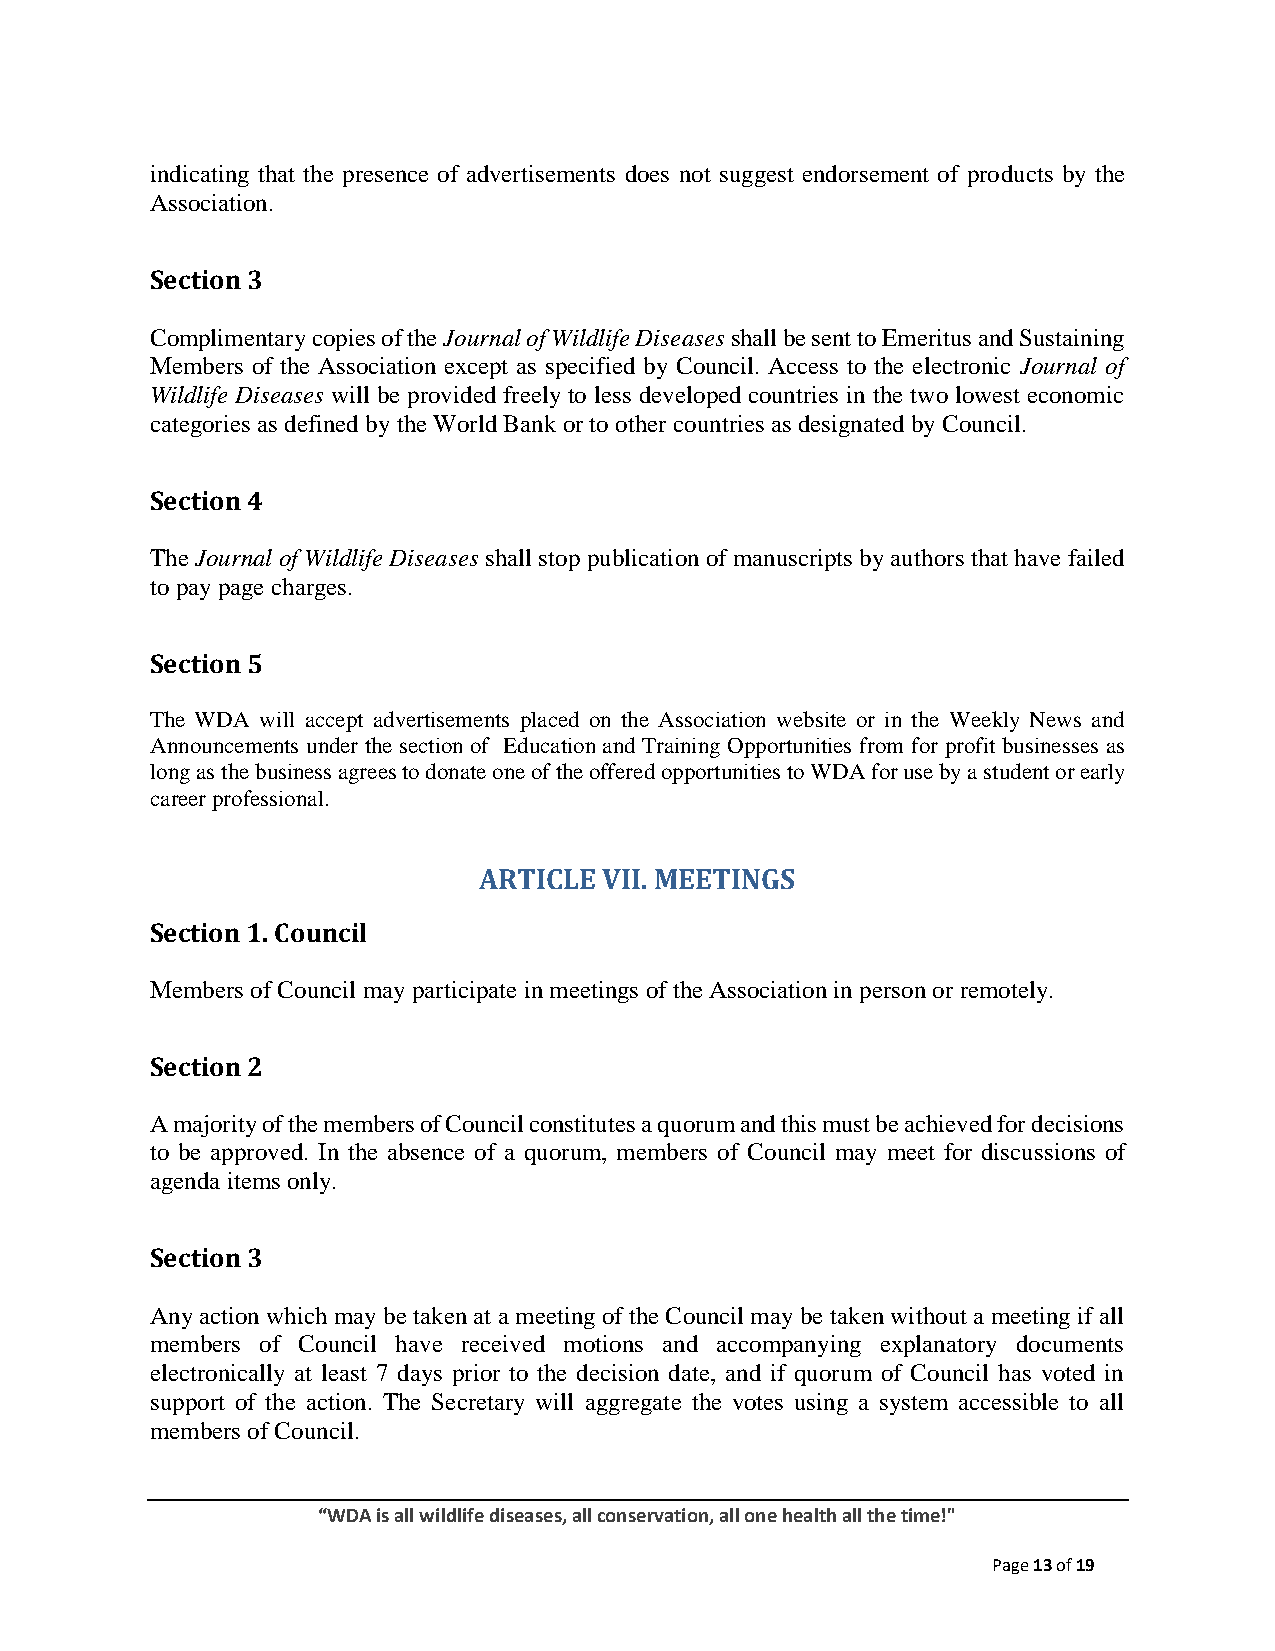
indicating that the presence of advertisements does not suggest endorsement of products by the
 Association.
 Section 3
 Complimentary copies of the Journal of Wildlife Diseases shall be sent to Emeritus and Sustaining
 Members of the Association except as specified by Council. Access to the electronic Journal of
 Wildlife Diseases will be provided freely to less developed countries in the two lowest economic
 categories as defined by the World Bank or to other countries as designated by Council.
 Section 4
 The Journal of Wildlife Diseases shall stop publication of manuscripts by authors that have failed
 to pay page charges.
 Section 5
 The WDA will accept advertisements placed on the Association website or in the Weekly News and
 Announcements under the section of Education and Training Opportunities from for profit businesses as
 long as the business agrees to donate one of the offered opportunities to WDA for use by a student or early
 career professional.
 ARTICLE VII. MEETINGS
 Section 1. Council
 Members of Council may participate in meetings of the Association in person or remotely.
 Section 2
 A majority of the members of Council constitutes a quorum and this must be achieved for decisions
 to be approved. In the absence of a quorum, members of Council may meet for discussions of
 agenda items only.
 Section 3
 Any action which may be taken at a meeting of the Council may be taken without a meeting if all
 members of Council have received motions and accompanying explanatory documents
 electronically at least 7 days prior to the decision date, and if quorum of Council has voted in
 support of the action. The Secretary will aggregate the votes using a system accessible to all
 members of Council.
 “WDA is all wildlife diseases, all conservation, all one health all the time!"
 Page 13 of 19